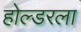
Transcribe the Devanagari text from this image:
होल्डरला